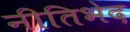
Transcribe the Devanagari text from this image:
नीतिभेद